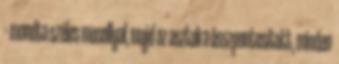
– mondta széles mosollyal, majd az asztalra összpontosított, minden